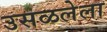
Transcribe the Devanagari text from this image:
उसळलेला